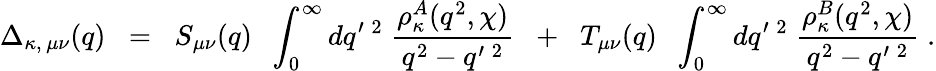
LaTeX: \Delta_{\kappa,\, \mu\nu}(q)\; \; =\; \; S_{\mu\nu}(q)\; \; \int_{0}^{\infty}dq^{\prime\; 2}\; \frac{{\rho}_{\kappa}^{A}(q^{2},\chi)}{q^{2}-q^{\prime\; 2}}\; \; +\; \; T_{\mu\nu}(q)\; \; \int_{0}^{\infty}dq^{\prime\; 2}\; \frac{{\rho}_{\kappa}^{B}(q^{2},\chi)}{q^{2}-q^{\prime\; 2}}\; .